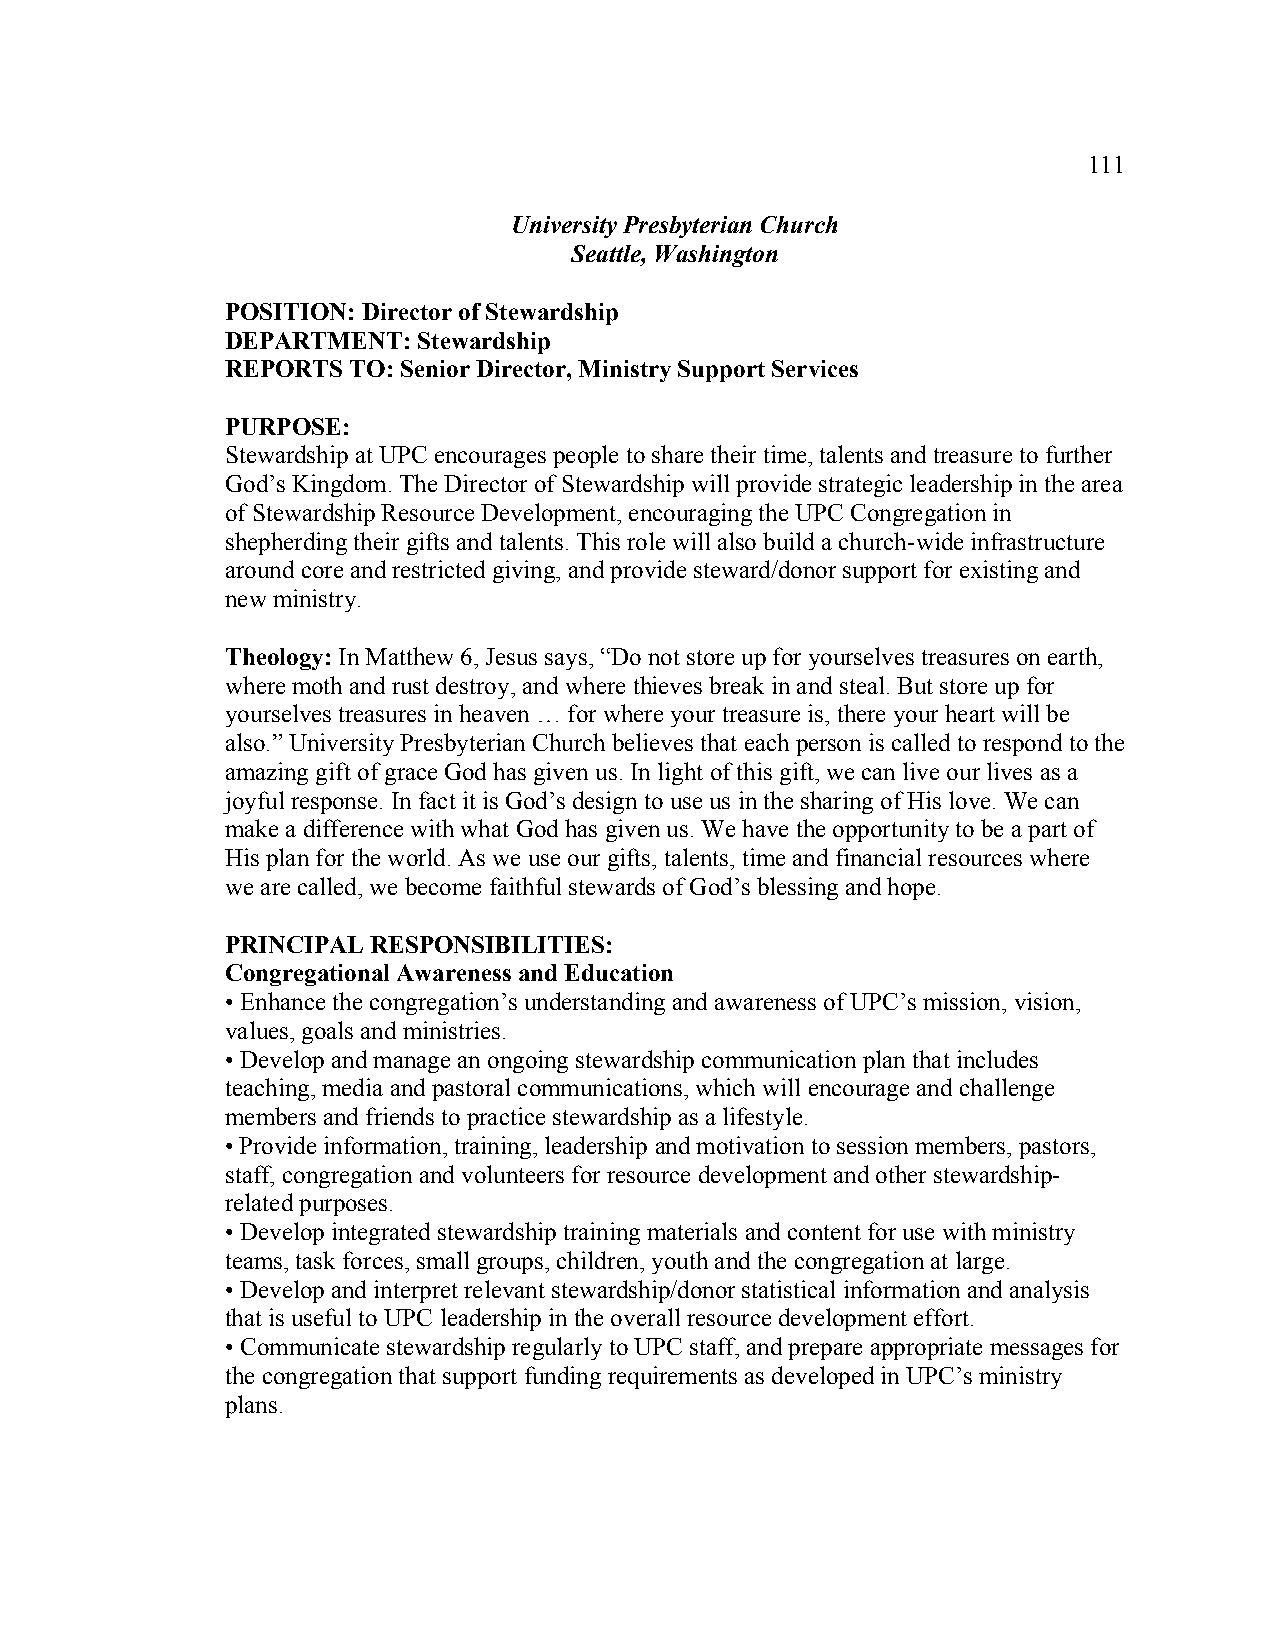
111
 University Presbyterian Church
 Seattle, Washington
 POSITION: Director of Stewardship
 DEPARTMENT:  Stewardship
 REPORTS TO: Senior Director, Ministry Support Services
 PURPOSE:
 Stewardship at UPC encourages people to share their time, talents and treasure to further
 God’s Kingdom. The Director of Stewardship will provide strategic leadership in the area
 of Stewardship Resource Development, encouraging the UPC Congregation in
 shepherding their gifts and talents. This role will also build a church-wide infrastructure
 around core and restricted giving, and provide steward/donor support for existing and
 new ministry.
 Theology: In Matthew 6, Jesus says, “Do not store up for yourselves treasures on earth,
 where moth and rust destroy, and where thieves break in and steal. But store up for
 yourselves treasures in heaven … for where your treasure is, there your heart will be
 also.” University Presbyterian Church believes that each person is called to respond to the
 amazing gift of grace God has given us. In light of this gift, we can live our lives as a
 joyful response. In fact it is God’s design to use us in the sharing of His love. We can
 make a difference with what God has given us. We have the opportunity to be a part of
 His plan for the world. As we use our gifts, talents, time and financial resources where
 we are called, we become faithful stewards of God’s blessing and hope.
 PRINCIPAL RESPONSIBILITIES:
 Congregational Awareness and Education
 • Enhance the congregation’s understanding and awareness of UPC’s mission, vision,
 values, goals and ministries.
 • Develop and manage an ongoing stewardship communication plan that includes
 teaching, media and pastoral communications, which will encourage and challenge
 members and friends to practice stewardship as a lifestyle.
 • Provide information, training, leadership and motivation to session members, pastors,
 staff, congregation and volunteers for resource development and other stewardship-
 related purposes.
 • Develop integrated stewardship training materials and content for use with ministry
 teams, task forces, small groups, children, youth and the congregation at large.
 • Develop and interpret relevant stewardship/donor statistical information and analysis
 that is useful to UPC leadership in the overall resource development effort.
 • Communicate stewardship regularly to UPC staff, and prepare appropriate messages for
 the congregation that support funding requirements as developed in UPC’s ministry
 plans.